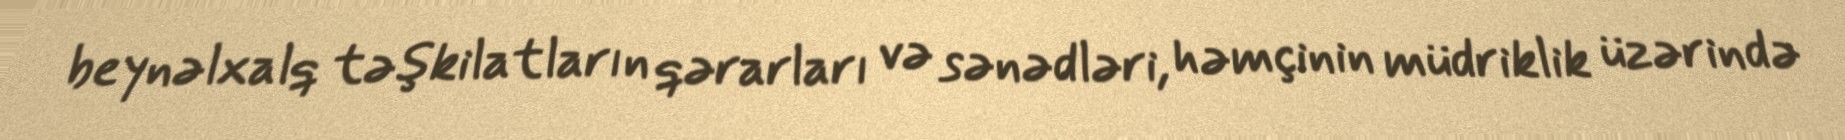
beynəlxalq təşkilatların qərarları və sənədləri, həmçinin müdriklik üzərində